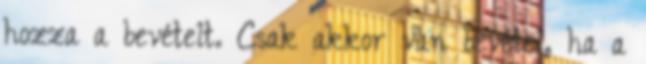
hozza a bevételt. Csak akkor van bevétel, ha a